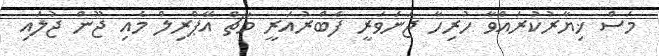
މަސް ޚިޔާރުކުރައްވާ ހުރިހާ ޖަނަވަރީ ފެބްރުއަރީ މާޗް އޭޕްރިލް މެއި ޖޫން ޖުލައި